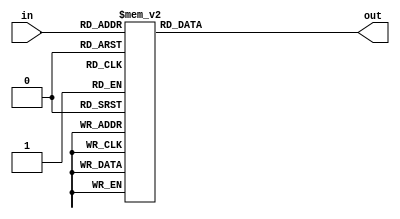
module dec3x8(in, out);
  input [2:0] in;
  output reg [7:0] out;
  
  always @(in)
    case(in)
      3'b000: out = 8'b00000001;
      3'b001: out = 8'b00000010;
      3'b010: out = 8'b00000100;
      3'b011: out = 8'b00001000;
      3'b100: out = 8'b00010000;
      3'b101: out = 8'b00100000;
      3'b110: out = 8'b01000000;
      3'b111: out = 8'b10000000;
    endcase
endmodule